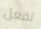
تفعل